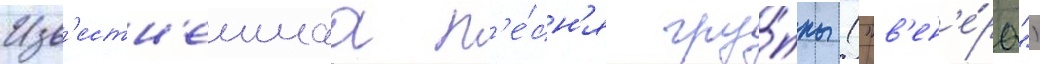
Изв'естн'еишаа п'е́сн'я гру́ппы ("в'ен'е́ра")